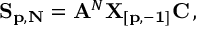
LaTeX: { \bf S _ { p , N } } = { \bf A } ^ { N } { \bf X _ { [ p , - 1 ] } C } \, ,